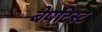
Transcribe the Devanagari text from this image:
बेपटिस्ट